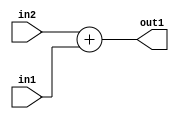
`timescale 1ps / 1ps
/*****************************************************************************
    Verilog RTL Description
    
    
    Created by: Stratus DpOpt 2019.1.01 
*******************************************************************************/

module st_weight_addr_gen_Add_8Ux8U_9U_4_10 (
	in2,
	in1,
	out1
	); /* architecture "behavioural" */ 
input [7:0] in2,
	in1;
output [8:0] out1;
wire [8:0] asc001;

assign asc001 = 
	+(in2)
	+(in1);

assign out1 = asc001;
endmodule

/* CADENCE  ubDzTg0= : u9/ySgnWtBlWxVPRXgAZ4Og= ** DO NOT EDIT THIS LINE ******/